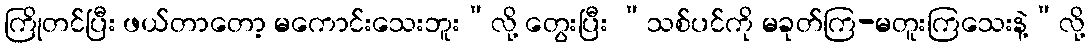
ကြိုတင်ပြီး ဖယ်တာတော့ မကောင်းသေးဘူး”လို့ တွေးပြီး “သစ်ပင်ကို မခုတ်ကြ-မတူးကြသေးနဲ့”လို့